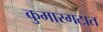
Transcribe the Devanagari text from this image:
कुमारगटात